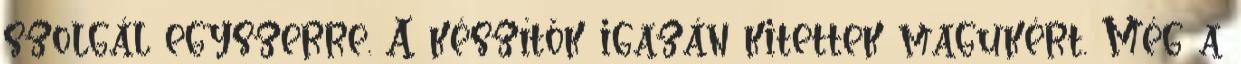
szolgál egyszerre. A készítők igazán kitettek magukért. Még a